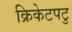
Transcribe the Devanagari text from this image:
क्रिकेटपटु